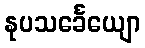
နုပသင်္ခေယျော